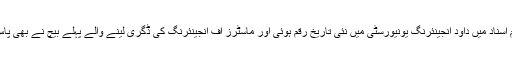
جلسہ تقسیم اسناد میں داؤد انجینئرنگ یونیورسٹی میں نئی تاریخ رقم ہوئی اور ماسٹرز آف انجینئرنگ کی ڈگری لینے والے پہلے بیچ نے بھی پاس آؤٹ کیا۔